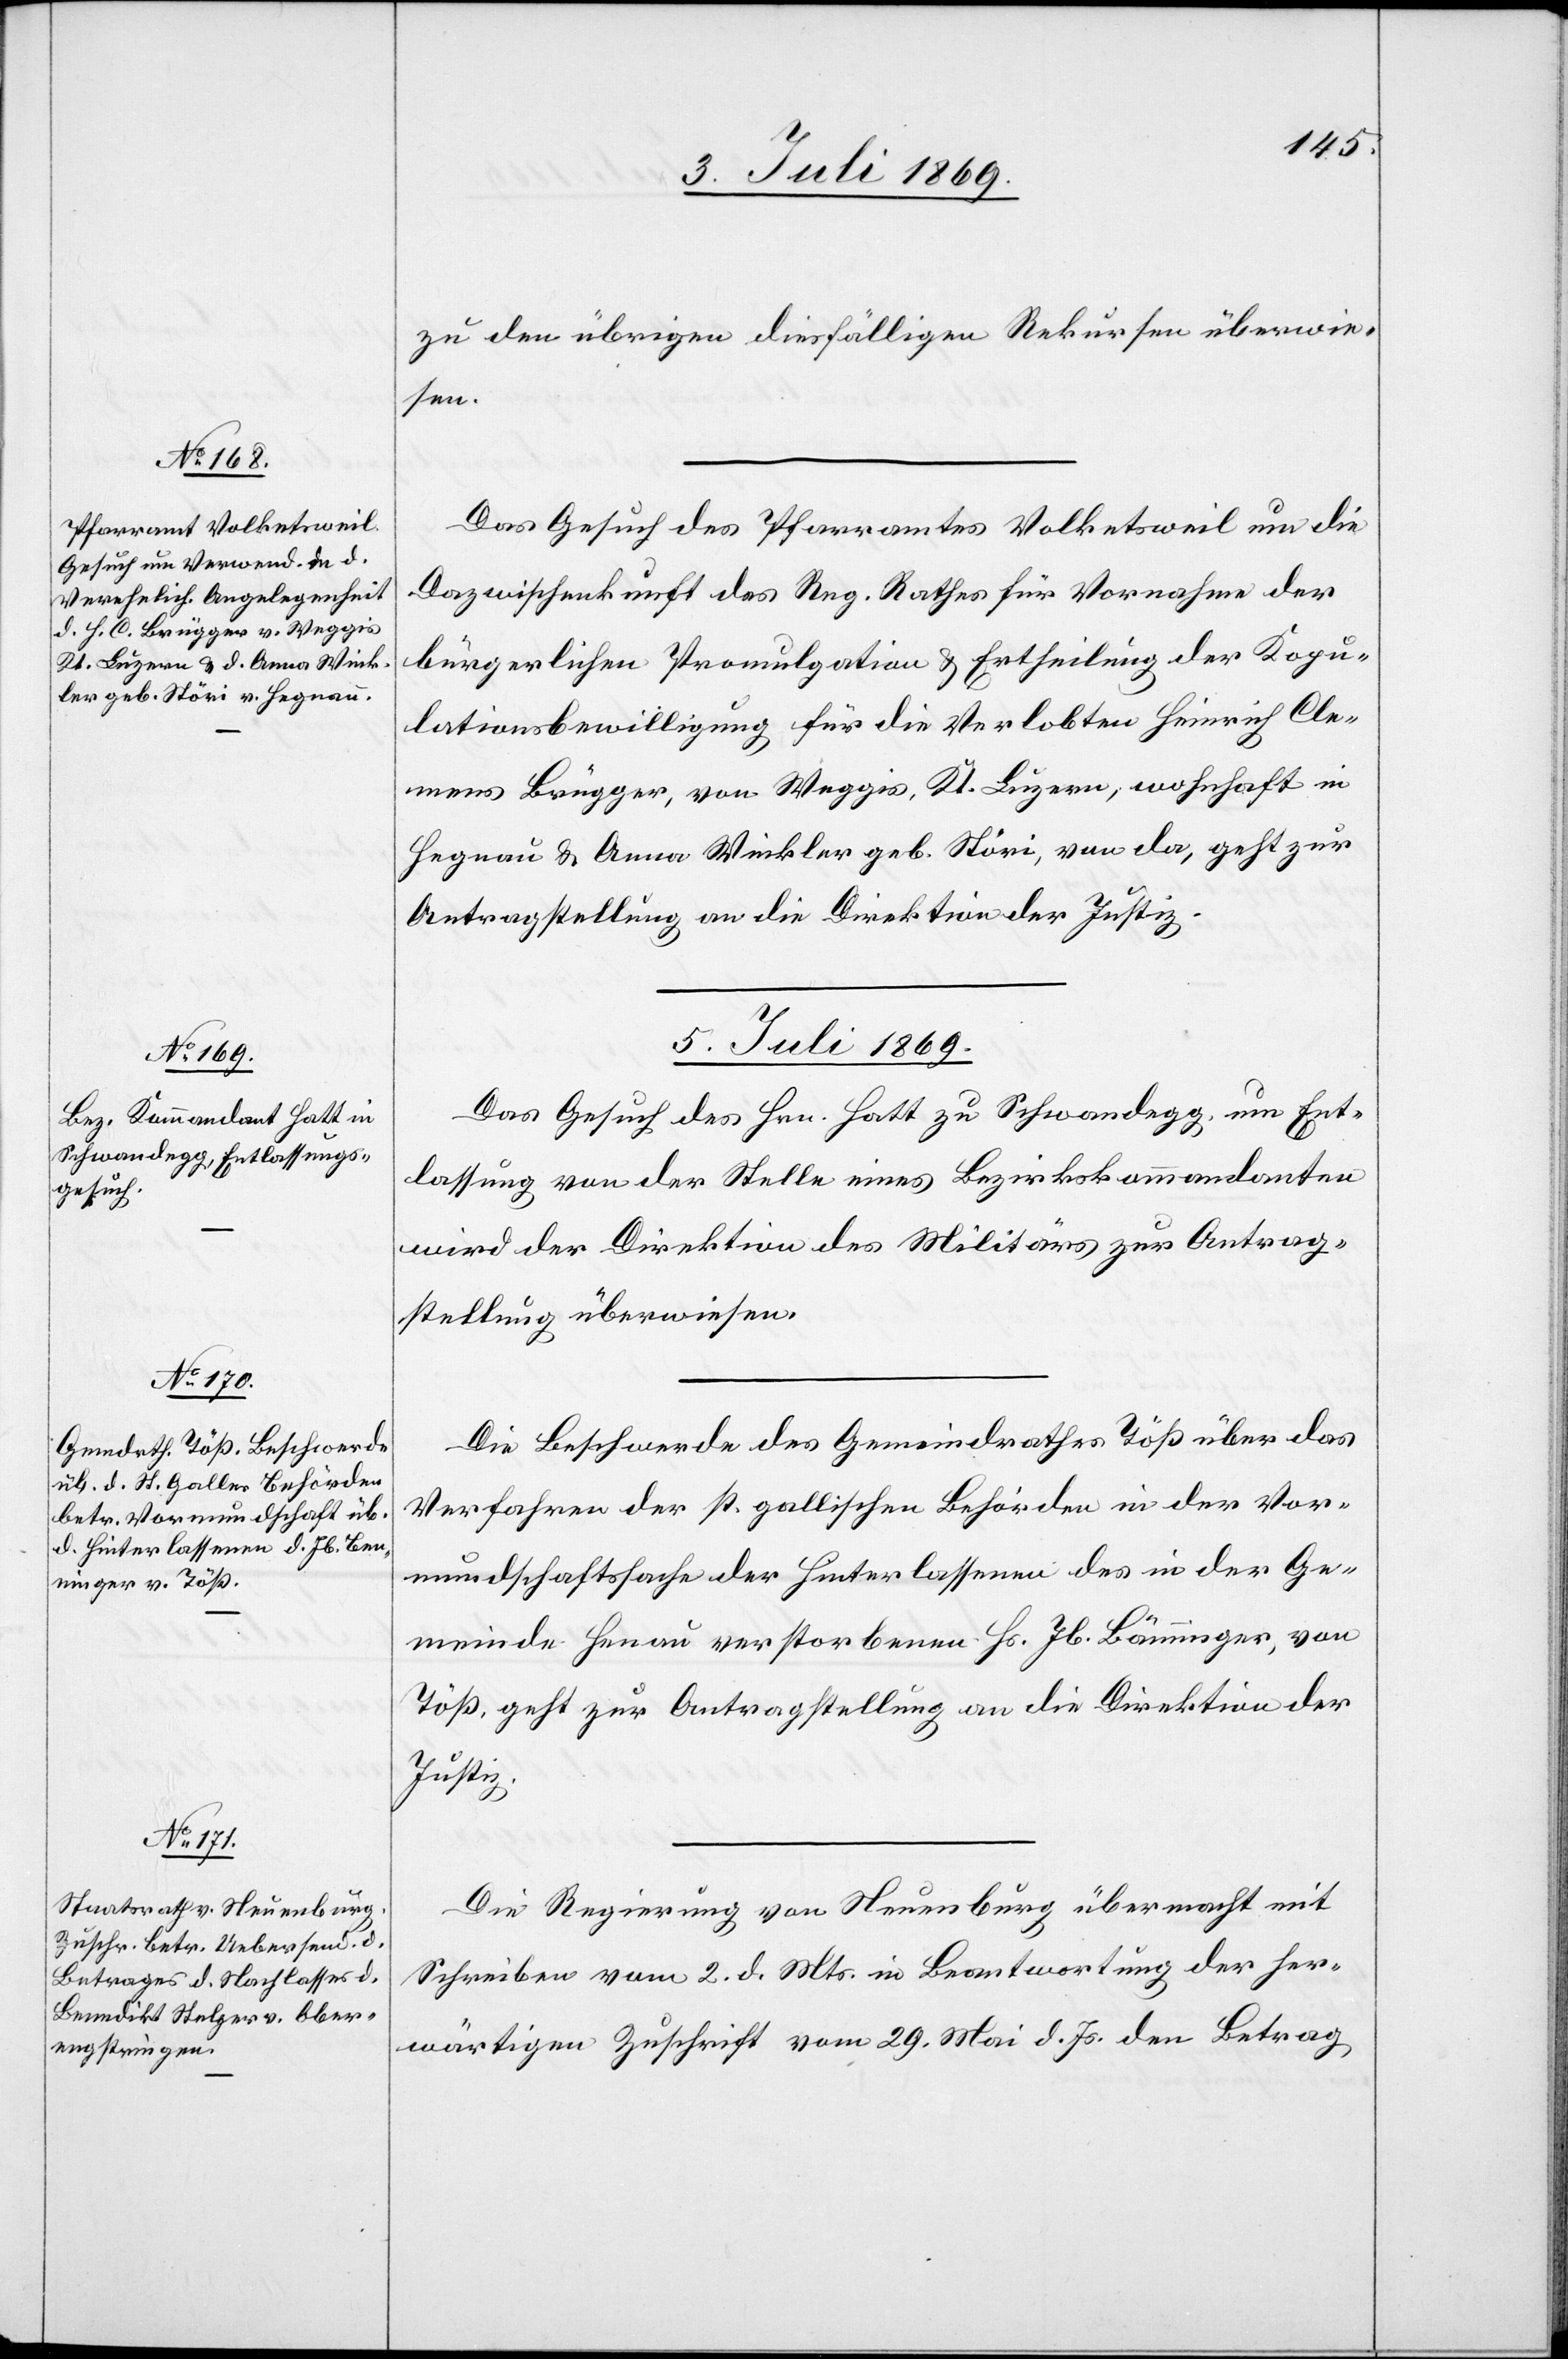
3. Juli 1869.]
zu den übrigen diesfälligen Rekursen überwie¬
sen.
Das Gesuch des Pfarramtes Volketsweil um die
Dazwischenkunft des Reg. Rathes für Vornahme der
bürgerlichen Promulgation u. Ertheilung der Kopu¬
lationsbewilligung für die Verlobten Heinrich Cle¬
mens Brügger, von Weggis, Kt. Luzern, wohnhaft in
Hegnau u. Anna Winkler geb. Störi, von da, geht zur
Antragstellung an die Direktion der Justiz.
5. Juli 1869.]
Das Gesuch des Hrn. Hatt zu Schwandegg, um Ent¬
lassung von der Stelle eines Bezirkskommandanten
wird der Direktion des Militärs zur Antrag¬
stellung überwiesen.
Die Beschwerde des Gemeindrathes Töß über das
Verfahren der st. gallischen Behörden in der Vor¬
mundschaftssache der Hinterlassenen des in der Ge¬
meinde Henau verstorbenen Hs. Jb. Bänninger
Töß, geht zur Antragstellung an die Direktion der
Justiz.
Die Regierung von Neuenburg übermacht mit
Schreiben vom 2. d. Mts. in Beantwortung der her¬
wärtigen Zuschrift vom 29. Mai d. Js. den Betrag